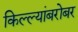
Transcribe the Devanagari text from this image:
किल्ल्यांबरोबर